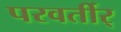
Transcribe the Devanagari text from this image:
परवर्तीर्